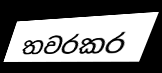
තවරකර